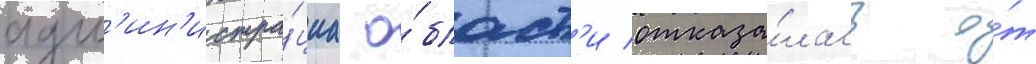
адм'ин'истра́циа о́бласт'и отказа́лась о́т